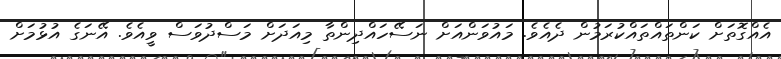
އެއްގޮތަށް ކަންތައްތައްކުރަމުން ދެއެވެ. މައުވަންއަށް ނަސޭހައްދިންތާ މިއަދަށް މަސްދުވަސް ވީއެވެ. އޭނަގެ އުޅުމަށް